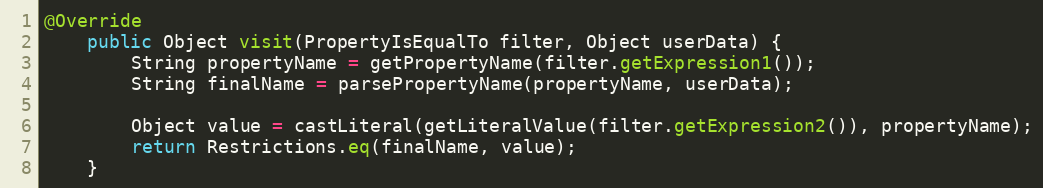
Language: Java
@Override
	public Object visit(PropertyIsEqualTo filter, Object userData) {
		String propertyName = getPropertyName(filter.getExpression1());
		String finalName = parsePropertyName(propertyName, userData);

		Object value = castLiteral(getLiteralValue(filter.getExpression2()), propertyName);
		return Restrictions.eq(finalName, value);
	}